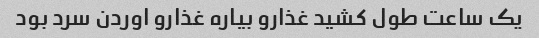
یک ساعت طول کشید غذارو بیاره غذارو اوردن سرد بود